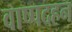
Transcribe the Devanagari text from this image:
वाष्पदहन